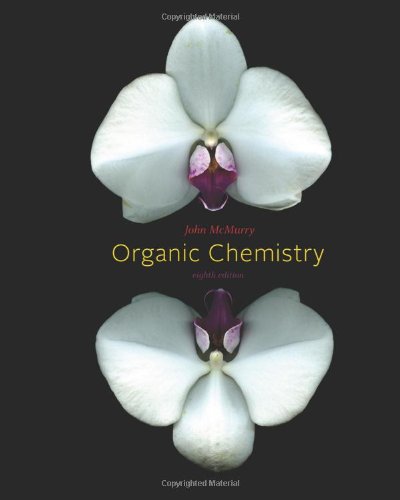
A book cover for Organic Chemistry; John E. McMurry; Education & Teaching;